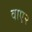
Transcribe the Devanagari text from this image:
वाए२